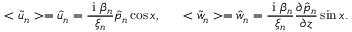
< \tilde { u } _ { n } > = \hat { u } _ { n } = \frac { \mathrm { ~ i ~ } \beta _ { n } } { \xi _ { n } } \hat { p } _ { n } \cos { x } , \ \ \ \ \ < \tilde { w } _ { n } > = \hat { w } _ { n } = \frac { \mathrm { ~ i ~ } \beta _ { n } } { \xi _ { n } } \frac { \partial \hat { p } _ { n } } { \partial z } \sin { x } .